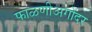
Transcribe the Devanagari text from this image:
फाळणीअगोदर